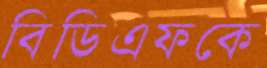
বিডিএফকে